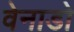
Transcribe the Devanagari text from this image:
वेनाडो